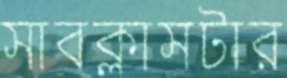
সাবক্লাসটার